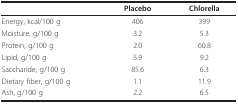
|  | Placebo | Chlorella |
 | --- | --- | --- |
 | Energy, kcal/100 g | 406 | 399 |
 | Moisture, g/100 g | 3.2 | 5.3 |
 | Protein, g/100 g | 2.0 | 60.8 |
 | Lipid, g/100 g | 5.9 | 9.2 |
 | Saccharide, g/100 g | 85.6 | 6.3 |
 | Dietary fiber, g/100 g | 1.1 | 11.9 |
 | Ash, g/100 g | 2.2 | 6.5 |